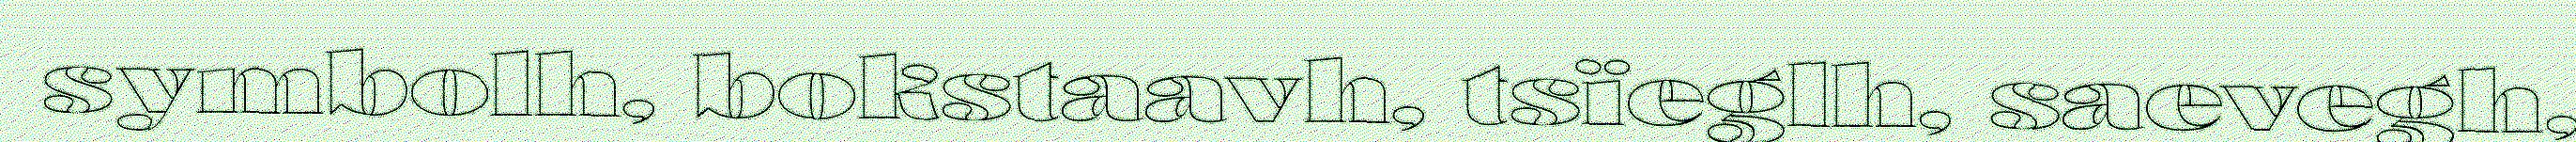
symbolh, bokstaavh, tsïeglh, saevegh,